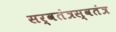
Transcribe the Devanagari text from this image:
सर्वतंत्रस्वतंत्र